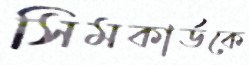
সিমকার্ডকে